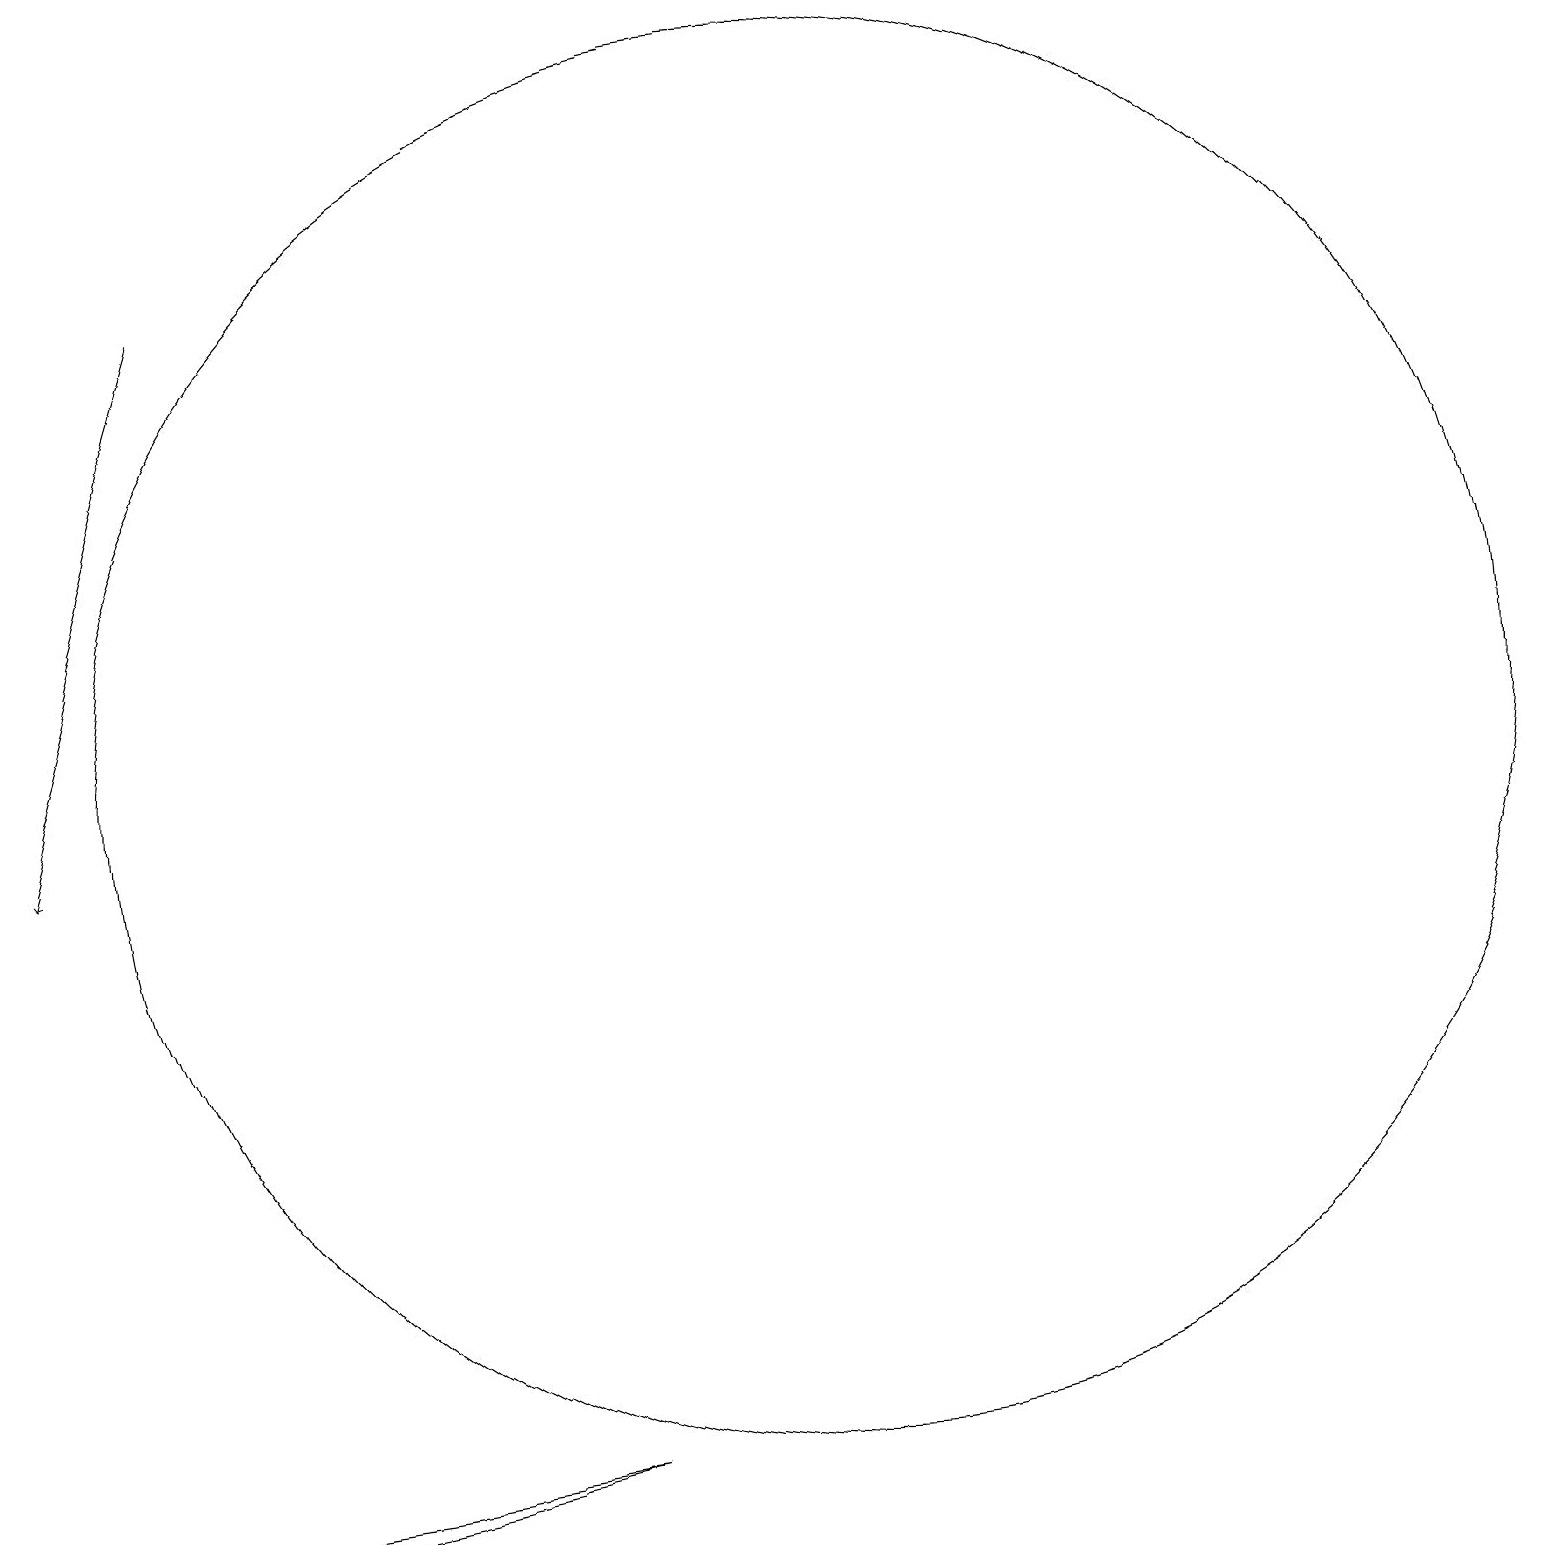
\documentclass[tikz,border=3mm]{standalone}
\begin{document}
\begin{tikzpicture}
\draw (11,12) circle (9);
\draw (3,2) -- (1,2) -- (8,3) -- cycle;
\draw[->] (3,18) -- (1,11);
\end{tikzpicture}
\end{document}